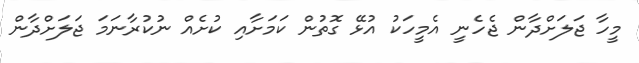
މީހާ ޖަލަށްދާން ޖެހެނީ އެމީހަކު އުޅޭ ގޮތުން ކަމަށާއި ކުށެއް ނުކުރާނަމަ ޖަލަށްދާން